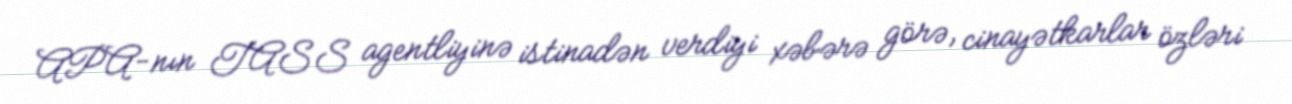
APA-nın TASS agentliyinə istinadən verdiyi xəbərə görə, cinayətkarlar özləri